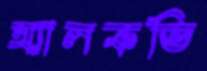
অ্যালকভি